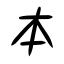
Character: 本